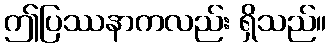
ဤပြဿနာကလည်း ရှိသည်။